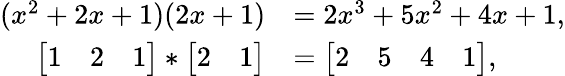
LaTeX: \begin{array}{rl}{(x^{2}+2x+1)(2x+1)}&{=2x^{3}+5x^{2}+4x+1,}\\ {\bigl[\begin{array}{ccc}{1}&{2}&{1}\end{array}\bigr]*\bigl[\begin{array}{cc}{2}&{1}\end{array}\bigr]}&{=\bigl[\begin{array}{cccc}{2}&{5}&{4}&{1}\end{array}\bigr],}\end{array}